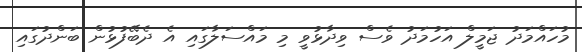
މުހައްމަދު ޖަމީލް އަހުމަދު ވެސް ވިދާޅުވީ މި މައްސަލާގައި އެ ދެބޭފުޅުން ބަންދުގައި